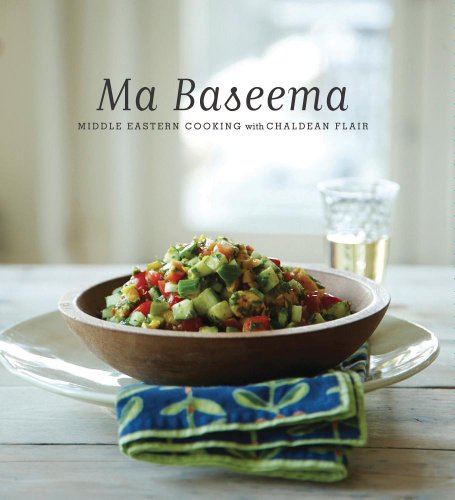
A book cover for Ma Baseema: Middle Eastern Cooking with Chaldean Flair; Chaldean American Ladies of Charity; Cookbooks, Food & Wine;